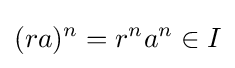
(ra)^{n}=r^{n}a^{n}\in I